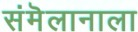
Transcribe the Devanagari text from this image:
संमॆलानाला